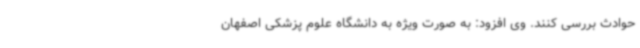
حوادث بررسی کنند. وی افزود: به صورت ویژه به دانشگاه علوم پزشکی اصفهان